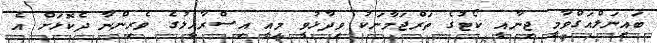
ބައިނަލްއަގްވާމީ ޖިނާއީ ކޯޓުގެ ތަރްޖަމާނަކު ވިދާޅުވީ މިއީ އިސްރާއީލުގެ ވެރިންނާ ދެކޮޅަށް އެ